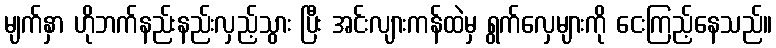
မျက်နှာ ဟိုဘက်နည်းနည်းလှည့်သွား ပြီး အင်းလျားကန်ထဲမှ ရွက်လှေများကို ငေးကြည့်နေသည်။